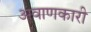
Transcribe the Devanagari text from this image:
अवाणकारी